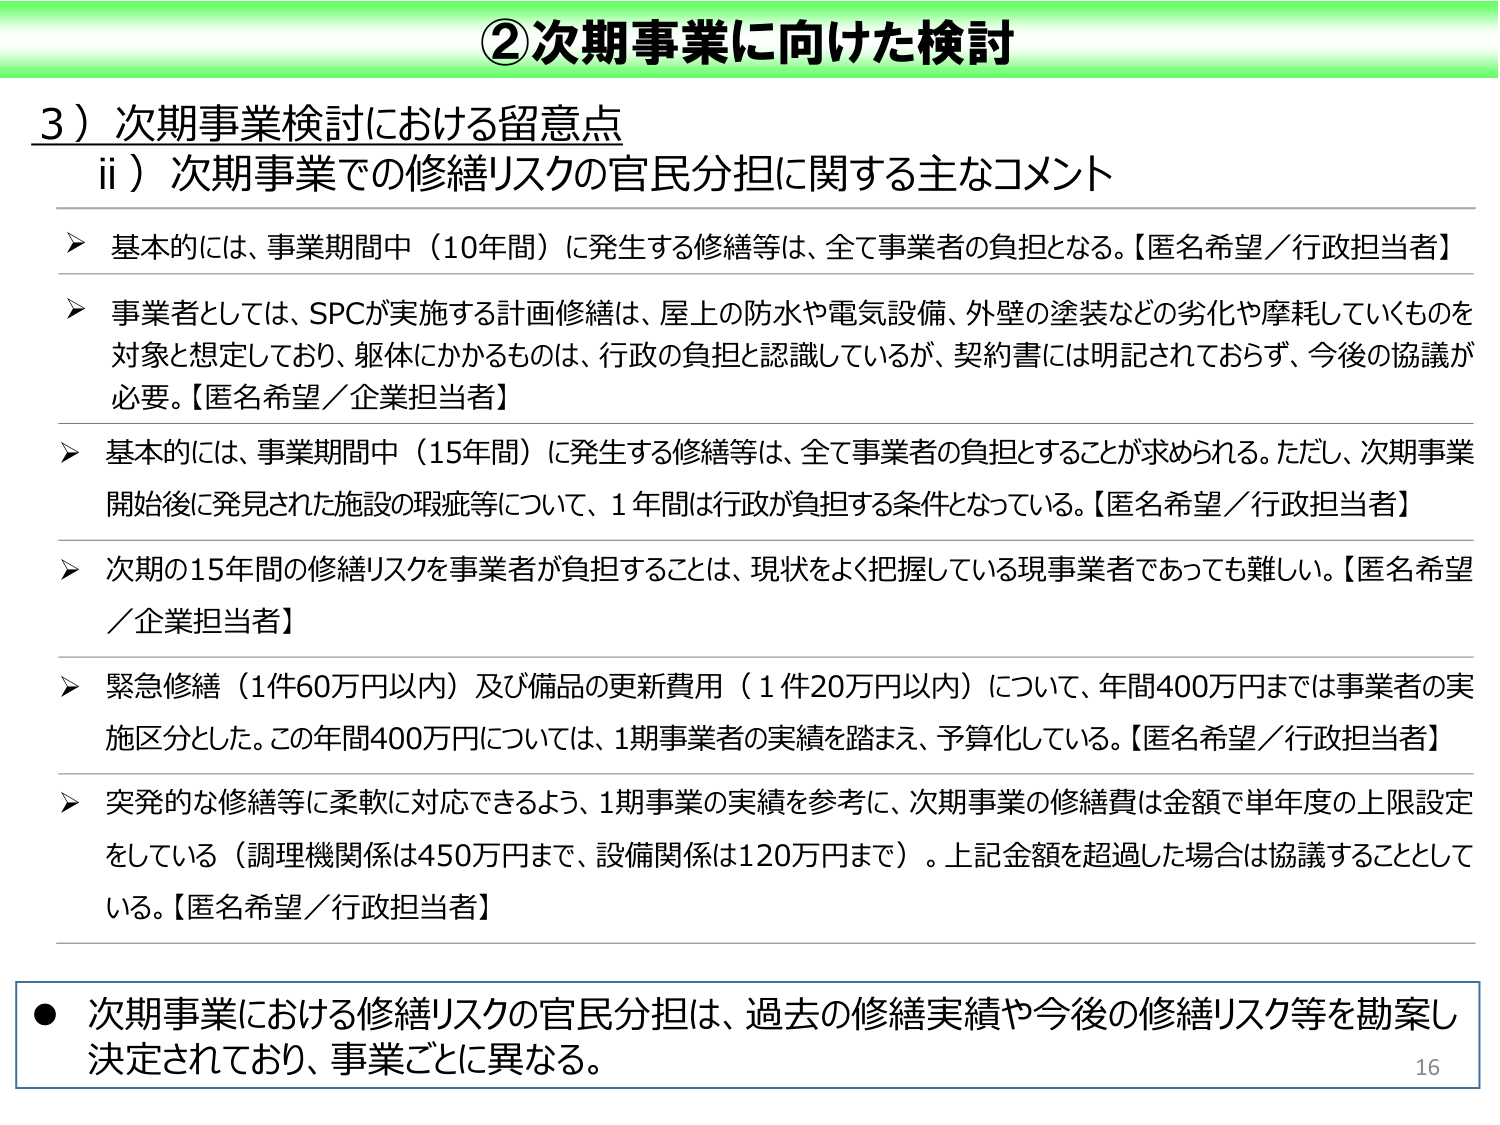
②次期事業に向けた検討

3）次期事業検討における留意点
　ii）次期事業での修繕リスクの官民分担に関する主なコメント

　➤ 基本的には、事業期間中（10年間）に発生する修繕等は、全て事業者の負担となる。【匿名希望／行政担当者】

　➤ 事業者としては、SPCが実施する計画修繕は、屋上の防水や電気設備、外壁の塗装などの劣化や摩耗していくものを対象と想定しており、躯体にかかるものは、行政の負担と認識しているが、契約書には明記されておらず、今後の協議が必要。【匿名希望／企業担当者】

　➤ 基本的には、事業期間中（15年間）に発生する修繕等は、全て事業者の負担とすることが求められる。ただし、次期事業開始後に発見された施設の瑕疵等について、1年間は行政が負担する条件となっている。【匿名希望／行政担当者】

　➤ 次期の15年間の修繕リスクを事業者が負担することは、現状をよく把握している現事業者であっても難しい。【匿名希望／企業担当者】

　➤ 緊急修繕（1件60万円以内）及び備品の更新費用（1件20万円以内）について、年間400万円までは事業者の実施区分とした。この年間400万円については、1期事業者の実績を踏まえ、予算化している。【匿名希望／行政担当者】

　➤ 突発的な修繕等に柔軟に対応できるよう、1期事業の実績を参考に、次期事業の修繕費は金額で単年度の上限設定をしている（調理機関係は450万円まで、設備関係は120万円まで）。上記金額を超過した場合は協議することとしている。【匿名希望／行政担当者】

● 次期事業における修繕リスクの官民分担は、過去の修繕実績や今後の修繕リスク等を勘案し決定されており、事業ごとに異なる。

16